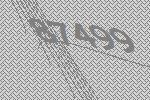
87499